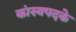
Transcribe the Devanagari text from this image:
कांस्यपदके